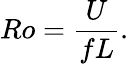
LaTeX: Ro={\frac{U}{fL}}.